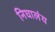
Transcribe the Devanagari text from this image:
निघालंंय